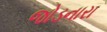
જોડનારા